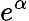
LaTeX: e^{\alpha}